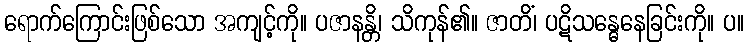
ရောက်ကြောင်းဖြစ်သော အကျင့်ကို။ ပဇာနန္တိ၊ သိကုန်၏။ ဇာတိံ၊ ပဋိသန္ဓေနေခြင်းကို။ ပ။